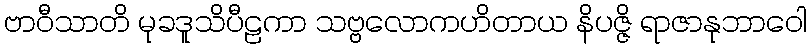
ဗာဝီသာတိ မုခဒူသိပီဠကာ သဗ္ဗလောကဟိတာယ နိပဇ္ဇိ ရာဇာနုဘာဝေါ